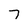
Character: 7